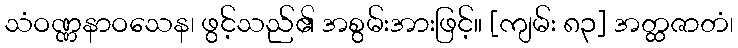
သံဝဏ္ဏနာဝသေန၊ ဖွင့်သည်၏ အစွမ်းအားဖြင့်။ [ကျမ်း ၈၃] အတ္ထဇာတံ၊